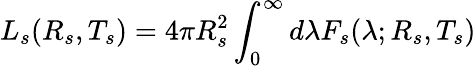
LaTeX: L_{s}(R_{s},T_{s})=4\pi R_{s}^{2}\int_{0}^{\infty}d\lambda F_{s}(\lambda;R_{s},T_{s})